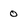
Character: 0